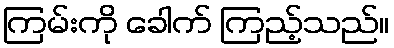
ကြမ်းကို ခေါက် ကြည့်သည်။